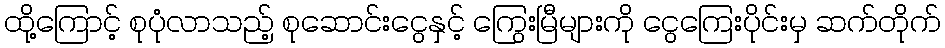
ထို့ကြောင့် စုပုံလာသည့် စုဆောင်းငွေနှင့် ကြွေးမြီများကို ငွေကြေးပိုင်းမှ ဆက်တိုက်